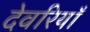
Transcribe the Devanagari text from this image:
देवरियाँ